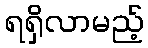
ရရှိလာမည့်